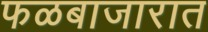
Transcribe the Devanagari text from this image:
फळबाजारात